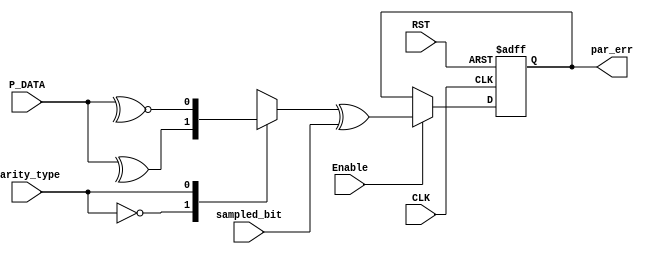

module par_chk # ( parameter DATA_WIDTH = 8 )

(
 input   wire                   CLK,
 input   wire                   RST,
 input   wire                   parity_type, 
 input   wire                   sampled_bit,
 input   wire                   Enable,  
 input   wire  [DATA_WIDTH-1:0] P_DATA,
 output  reg                    par_err
);


reg        parity ;

// parity calc
always @ (*)
  begin
    case(parity_type)
    1'b0 : begin                 
	        parity <= ^P_DATA  ;     // Even Parity
	       end
    1'b1 : begin
	        parity <= ~^P_DATA ;     // Odd Parity
	       end		
    endcase       	 
 end 
 
           
// error check
always @ (posedge CLK or negedge RST)
 begin
  if(!RST)
   begin
    par_err <= 1'b0 ;
   end
  else if(Enable)
   begin
    par_err <= parity ^	sampled_bit ;
   end	
 end
 

endmodule